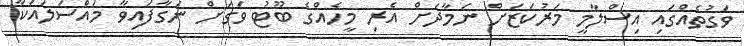
ވަގުތެއްގައި އިސްލާމީ މަރުކަޒަށް ނަމާދަށް އެރި މީހެއްގެ ބޫޓު ވަގަށް ނަގާފައިވާ މައްސަލައަކާ